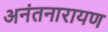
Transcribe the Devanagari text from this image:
अनंतनारायण